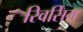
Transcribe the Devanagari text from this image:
रिवर्सिंग